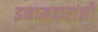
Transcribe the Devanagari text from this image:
इनामदारांनी